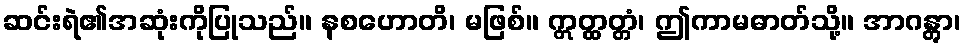
ဆင်းရဲ၏အဆုံးကိုပြုသည်။ နစဟောတိ၊ မဖြစ်။ ဣတ္ထတ္တံ၊ ဤကာမဓာတ်သို့။ အာဂန္တွာ၊